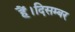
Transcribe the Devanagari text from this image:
हैं।दिसम्बर